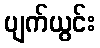
ပျက်ယွင်း